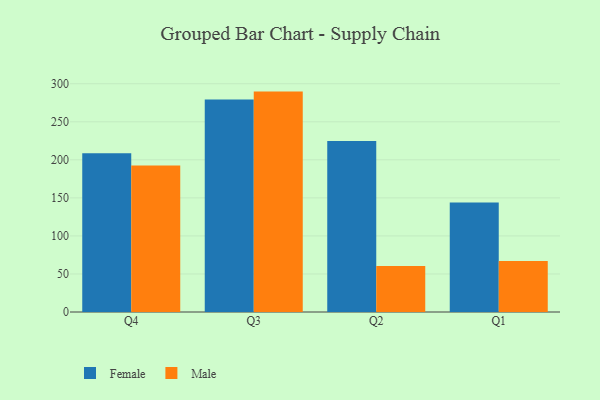
{"axis": {"x": "Quarter", "y": "Inventory Turnover"}, "legend": ["Female", "Male"], "data": [{"x": "Q4", "y": 208.8, "type": "Female"}, {"x": "Q4", "y": 192.5, "type": "Male"}, {"x": "Q3", "y": 279.2, "type": "Female"}, {"x": "Q3", "y": 289.7, "type": "Male"}, {"x": "Q2", "y": 224.8, "type": "Female"}, {"x": "Q2", "y": 60.6, "type": "Male"}, {"x": "Q1", "y": 144.0, "type": "Female"}, {"x": "Q1", "y": 66.9, "type": "Male"}]}